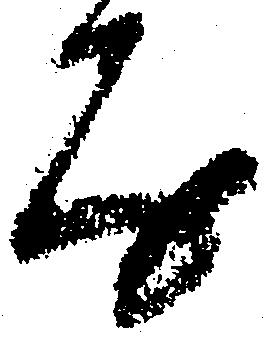
房